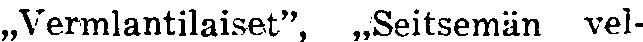
,,Vermlantilaiset'', ,,Seitsemän vel-